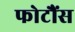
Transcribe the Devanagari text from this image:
फोटौंस